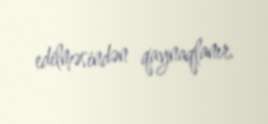
edilməsindən qaynaqlanır.